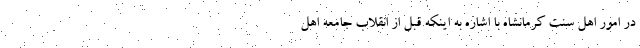
در امور اهل سنت کرمانشاه با اشاره به اینکه قبل از انقلاب جامعه اهل